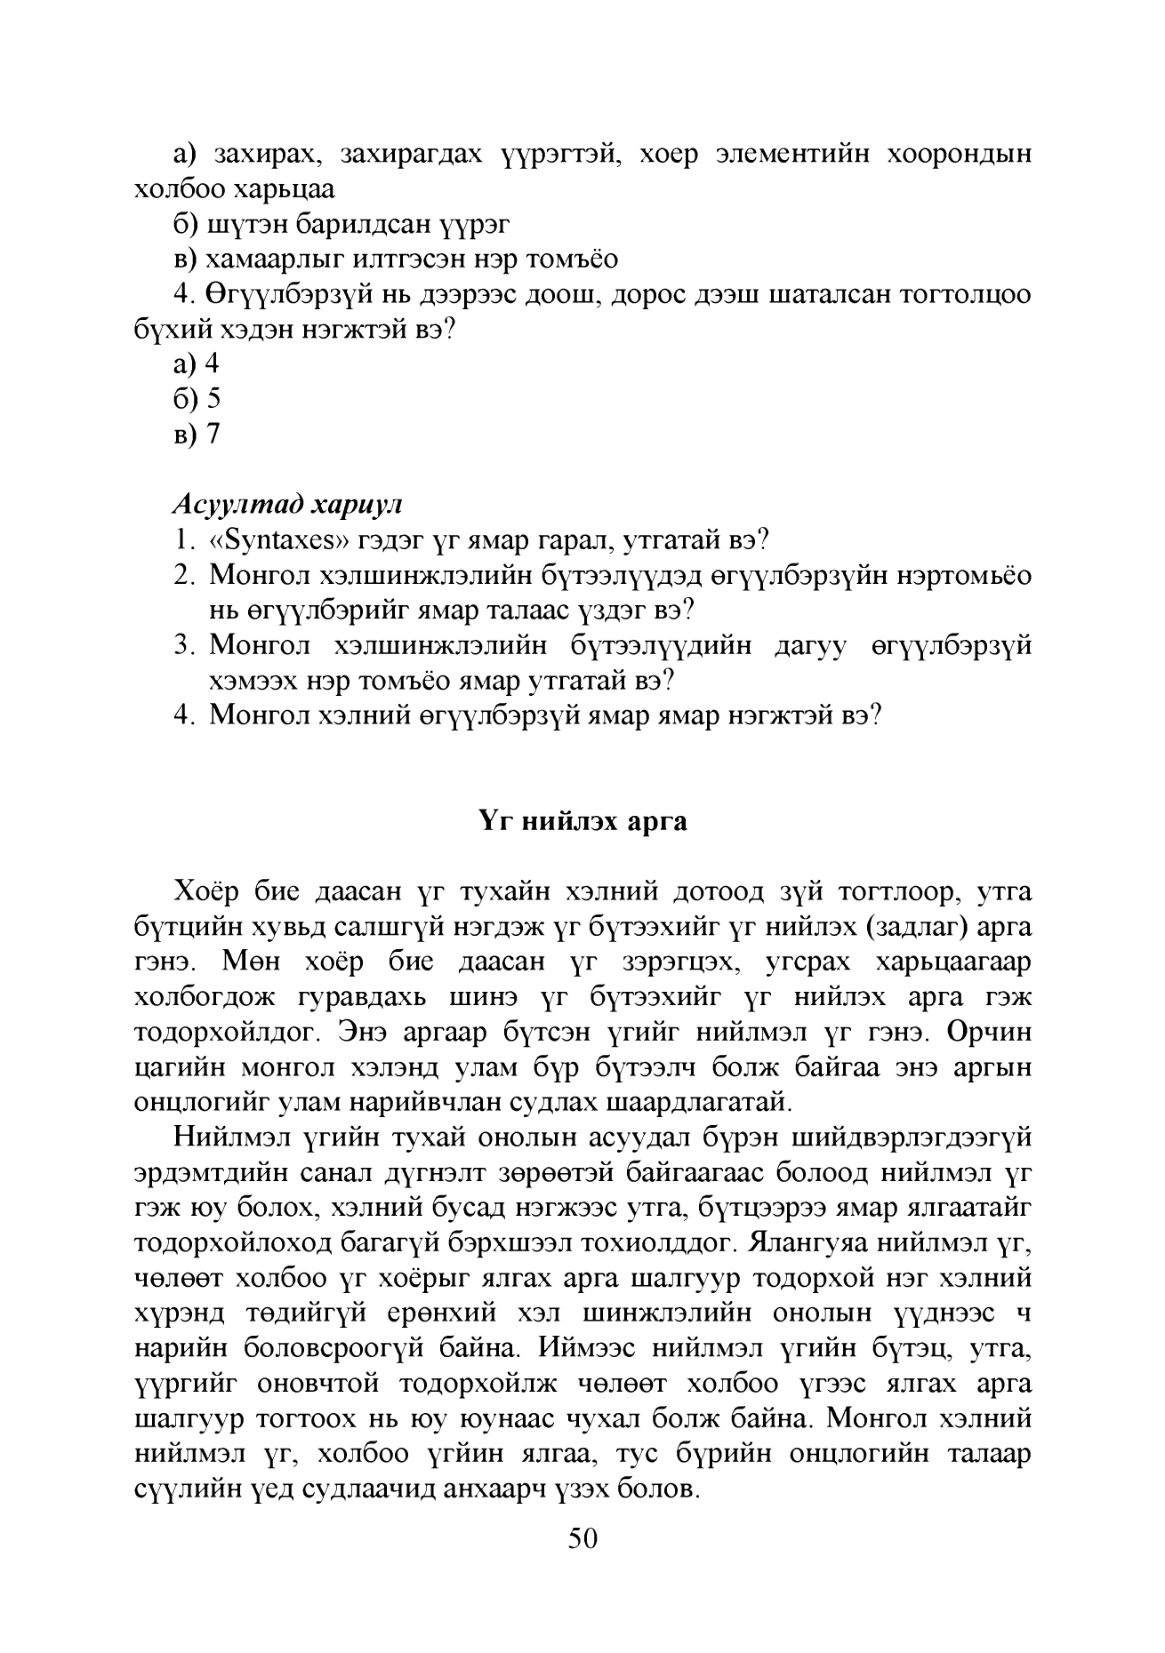
Language: mn